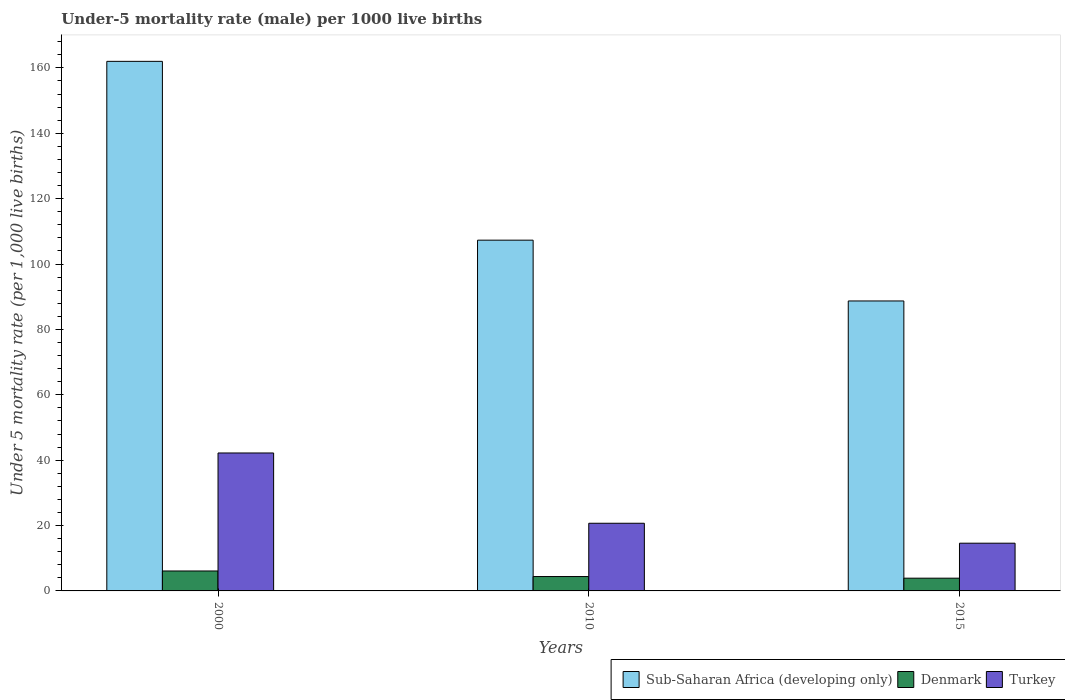
| Years | Sub-Saharan Africa (developing only) | Denmark | Turkey |
 | --- | --- | --- | --- |
 | 2000 | 162 | 6.1 | 42.2 |
 | 2010 | 107 | 4.4 | 20.7 |
 | 2015 | 88.7 | 3.9 | 14.6 |